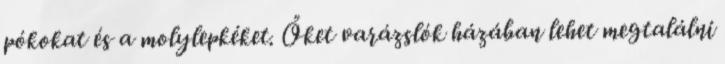
pókokat és a molylepkéket. Őket varázslók házában lehet megtalálni